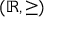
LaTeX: ( \mathbb { R } , \geq )